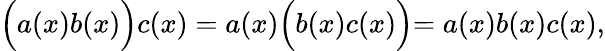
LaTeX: \Bigl(a(x)b(x)\Bigl)c(x)=a(x)\Bigl(b(x)c(x)\Bigl)=a(x)b(x)c(x),